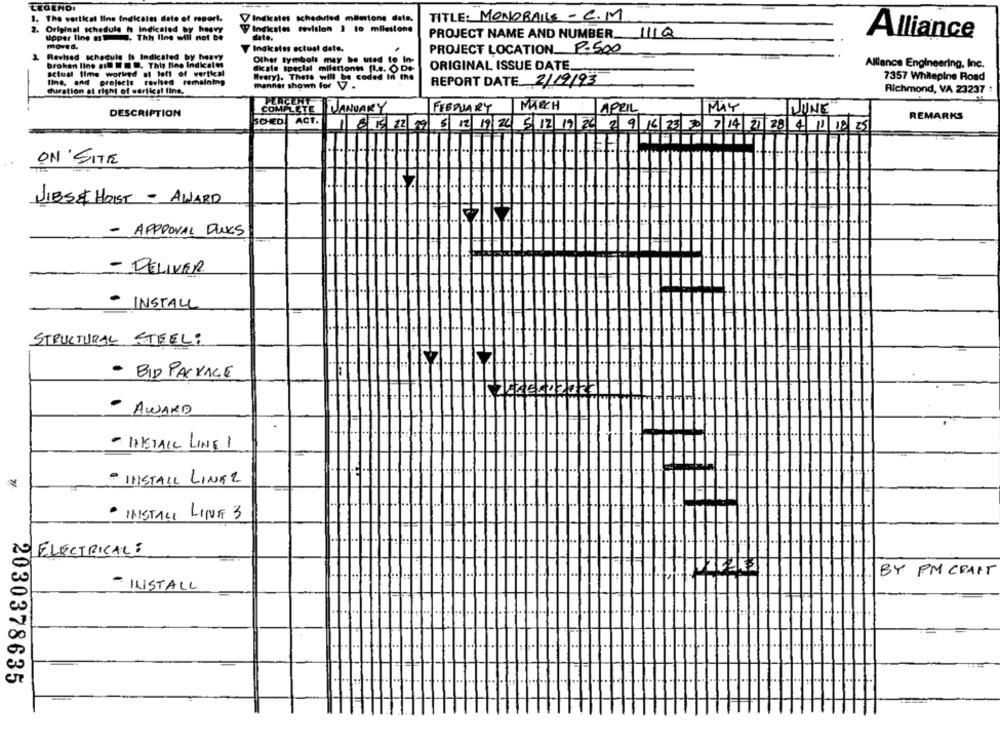
1. The vertical fine Indicates date of report.
VIndicates scheduled milestone date,
TITLE: MONOBALLE - C.M
2. Original schedule h indicaled by heavy
V Indicates revision 1 to milestone
upper line . Thh line will not be
date.
PROJECT NAME AND NUMBER 1110
Alliance
Moves.
Indicates actual date.
PROJECT LOCATION 2.500
3. Revised schedule is Indicated by heavy
Other tymbols may be used to In-
broken lino il [ . .. This fine Indkales
dicale special milationw fl.e. O De-
ORIGINAL ISSUE DATE.
Alllance Engineering, Inc.
actual time worked at left of vertical
Ilne, and projects revhed remaining
Mvery). These will be coded In the
manner shown for V7 .
REPORT DATE 2/19/93
7357 Whitepine Road
duration at right of vertical line,
Richmond, VA 23237 :
PLACENT
MARCH
DESCRIPTION
COMPLETE
JANUARY
FEBRUARY
APRIL
MAY
IJUNE
SCHED
ACT.
REMARKS
1 8 19 22 7 5 12 19 26 5 12 19 26 2 9 16 23 70 7 14 21 28 4 11 18 25
ON SITE
JIBS& HOIST - AWARD
- APPROVAL DUES
- DELIVER
INSTALL
STRUCTURAL STEEL:
- BID PACKAGE
AWARD
- INSTALL LINE 1
- INSTALL LINAZ
INSTALL LINE 3
10/ ELECTRICAL:
BY PM CRAFT
- INSTALL
2030378635